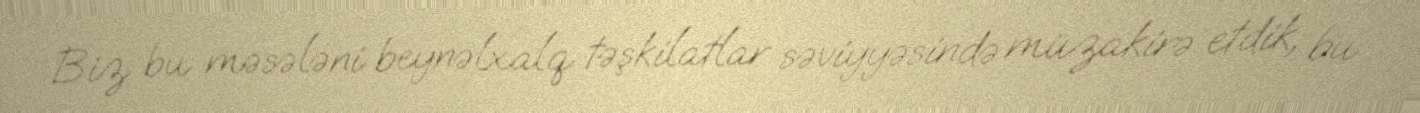
Biz bu məsələni beynəlxalq təşkilatlar səviyyəsində müzakirə etdik, bu